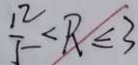
\frac { 1 2 } { 5 } < R \leq 3